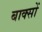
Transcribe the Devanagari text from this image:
बाक्सों